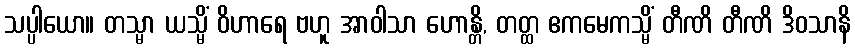
သပ္ပါယော။ တသ္မာ ယသ္မိံ ဝိဟာရေ ဗဟူ အာဝါသာ ဟောန္တိ, တတ္ထ ဧကမေကသ္မိံ တီဏိ တီဏိ ဒိဝသာနိ